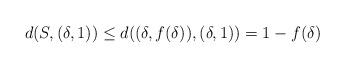
LaTeX: \begin{align*} d(S,(\delta,1)) \leq d((\delta,f(\delta)), (\delta, 1)) = 1-f(\delta)\end{align*}